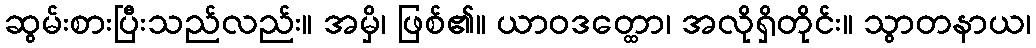
ဆွမ်းစားပြီးသည်လည်း။ အမှိ၊ ဖြစ်၏။ ယာဝဒတ္ထော၊ အလိုရှိတိုင်း။ သွာတနာယ၊